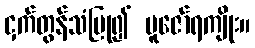
ငှက်တွန်သံပြု၍ ပူဇော်ရကျိုး။